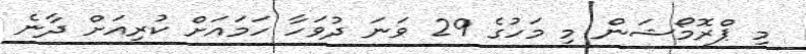
މި ޕްރޮމޯޝަން މި މަހުގެ 29 ވަނަ ދުވަހާ ހަމައަށް ކުރިއަށް ދާނެ